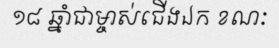
១៨ ឆ្នាំជាម្ចាស់ជើងឯក ខណៈ